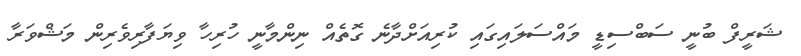
ޝަރީފް ބުނީ ސަބްސިޑީ މައްސަލައިގައި ކުރިއަށްދާނެ ގޮތެއް ނިންމާނީ ހުރިހާ ވިޔަފާރިވެރިން މަޝްވަރާ